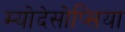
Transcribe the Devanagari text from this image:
म्योदेसोप्सिया